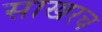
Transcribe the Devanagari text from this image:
साखरच